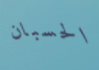
الحسبان